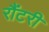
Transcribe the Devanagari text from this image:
रौंटरी